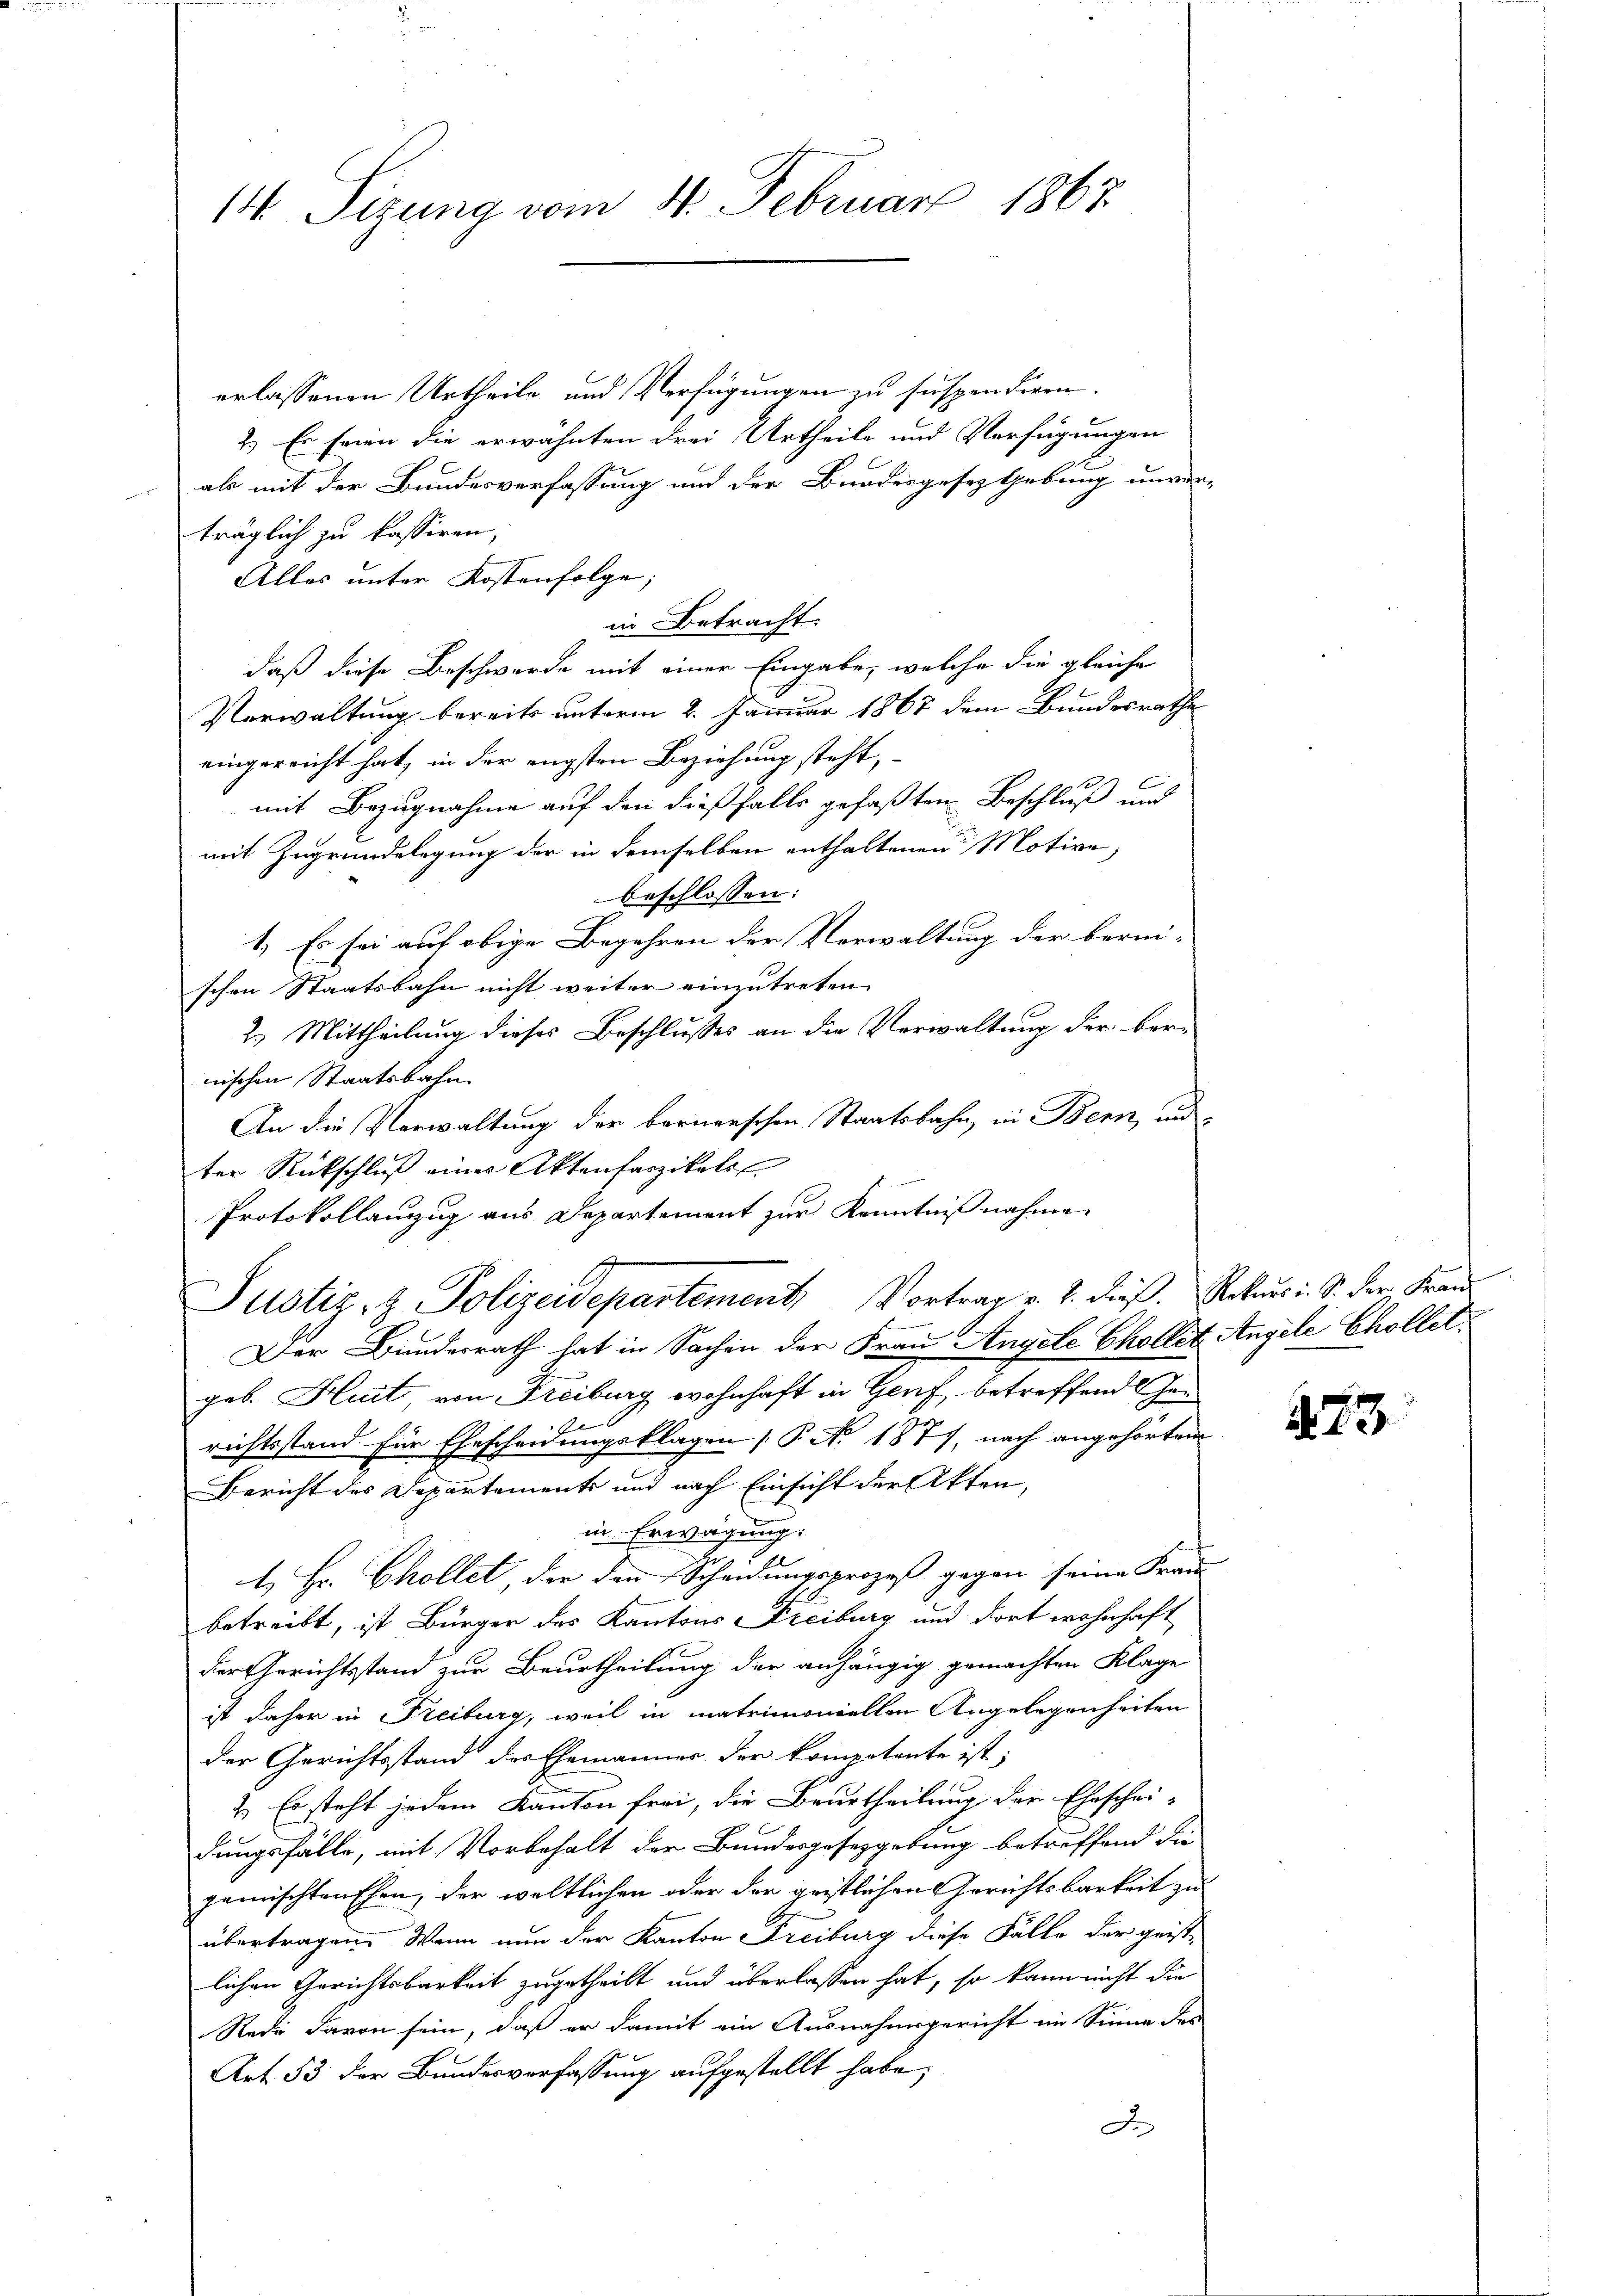
14 Sizung vom 14. Februar 1867.

erlassenen Urtheile und Verfügungen zu suspendiren.
2.) Es seien die erwähnten drei Urtheile und Verfügungen
als mit der Bundesverfassung und der Bundesgesetztgebung unver-
träglich zu kassiren,
Alles unter Kostenfolge;
in Betracht.
daß diese Beschwerde mit einer Eingabe, welche die gleiche
Verwaltung bereits unterm 2. Januar 1867 dem Bundesrathe
eingereicht hat, in der engsten Beziehung steht,
mit Bezugnahme auf den dießfalls gefaßten Beschluß und
mit Zugrundelegung der in demselben enthaltenen Motive,
beschlossen:
1. Es sei auf obige Begehren der Verwaltung der berni-
schen Staatsbahn nicht weiter einzutreten
2.) Mittheilung dieses Beschlusses an die Verwaltung der ber-
wischen Staatsbahn
An die Verwaltung der bernerschen Staatsbahn, in Bern, und
ter Rückschluß eines Aktenfaszikels
Protokollanzzug aus Departement zur Kenntnißnahme
Justiz- & Polizeidepartement, Vortrag v. 2. dieß. Rekurs i. S. der Frau
Der Bundesrath hat in Sachen der Frau Angele Chollet Angele Chollet
geb. Huit, von Freiburg wohnhaft in Genf betreffend Gerichtsstand für Ehescheidungsklagen [P No 1871, nach angehörten
Bericht des Departements und nach Einsicht der Akten,
in Erwägung:
t Hr. Chollet, der dann Scheidungsprozeß gegen seine Frau
betreibt, ist Bürger des Kantons Freiburg und dort wohnhaft
der Gerichtsstand zur Beurtheilung der anhängig gemachten Klage
ist daher in Freiburg, weil in matrimoniellen Angelegenheiten
der Gerichtsstand des Ehemänner der kompotente ist;
2.) Es steht jedem Kanton frei, die Beurtheilung der Eheschei-
dungsfälle, mit Vorbehalt der Bundesgesetzgebung betreffend die
gemischtenschen, der weltlichen oder der geistlichen Gerichtsbarkeit zu
übertragen. Wenn nun der Kanton Freiburg diese Fälle der geist-
lichen Gerichtsbarkeit zugetheilt und überlassen hat, so kann nicht die
Rede davon sein, daß er damit ein Ausnahmsgericht im Sinne des
Art. 53 der Bundesverfassung aufgestellt habe;
F

23